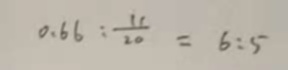
0 . 6 6 : \frac { 1 1 } { 2 0 } = 6 : 5